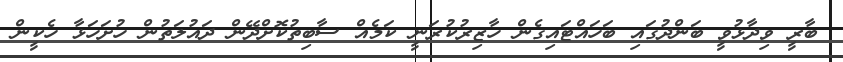
ބާރީ ވިދާޅުވީ ބަންދުގައި ބަހައްޓައިގެން ހާޒިރުކުރަނީ ކަމެއް ސާބިތުކޮށްދޭން ދައުލަތުން ހުށަހަޅާ ހެކީން